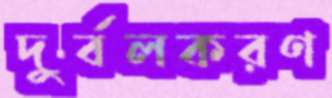
দুর্বলকরণ